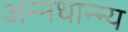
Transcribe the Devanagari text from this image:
अन्नधान्न्य